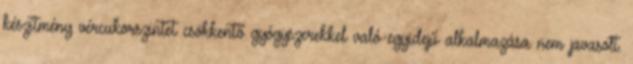
készítmény vércukorszintet csökkentő gyógyszerekkel való egyidejű alkalmazása nem javasolt.